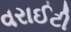
વરાઈટી